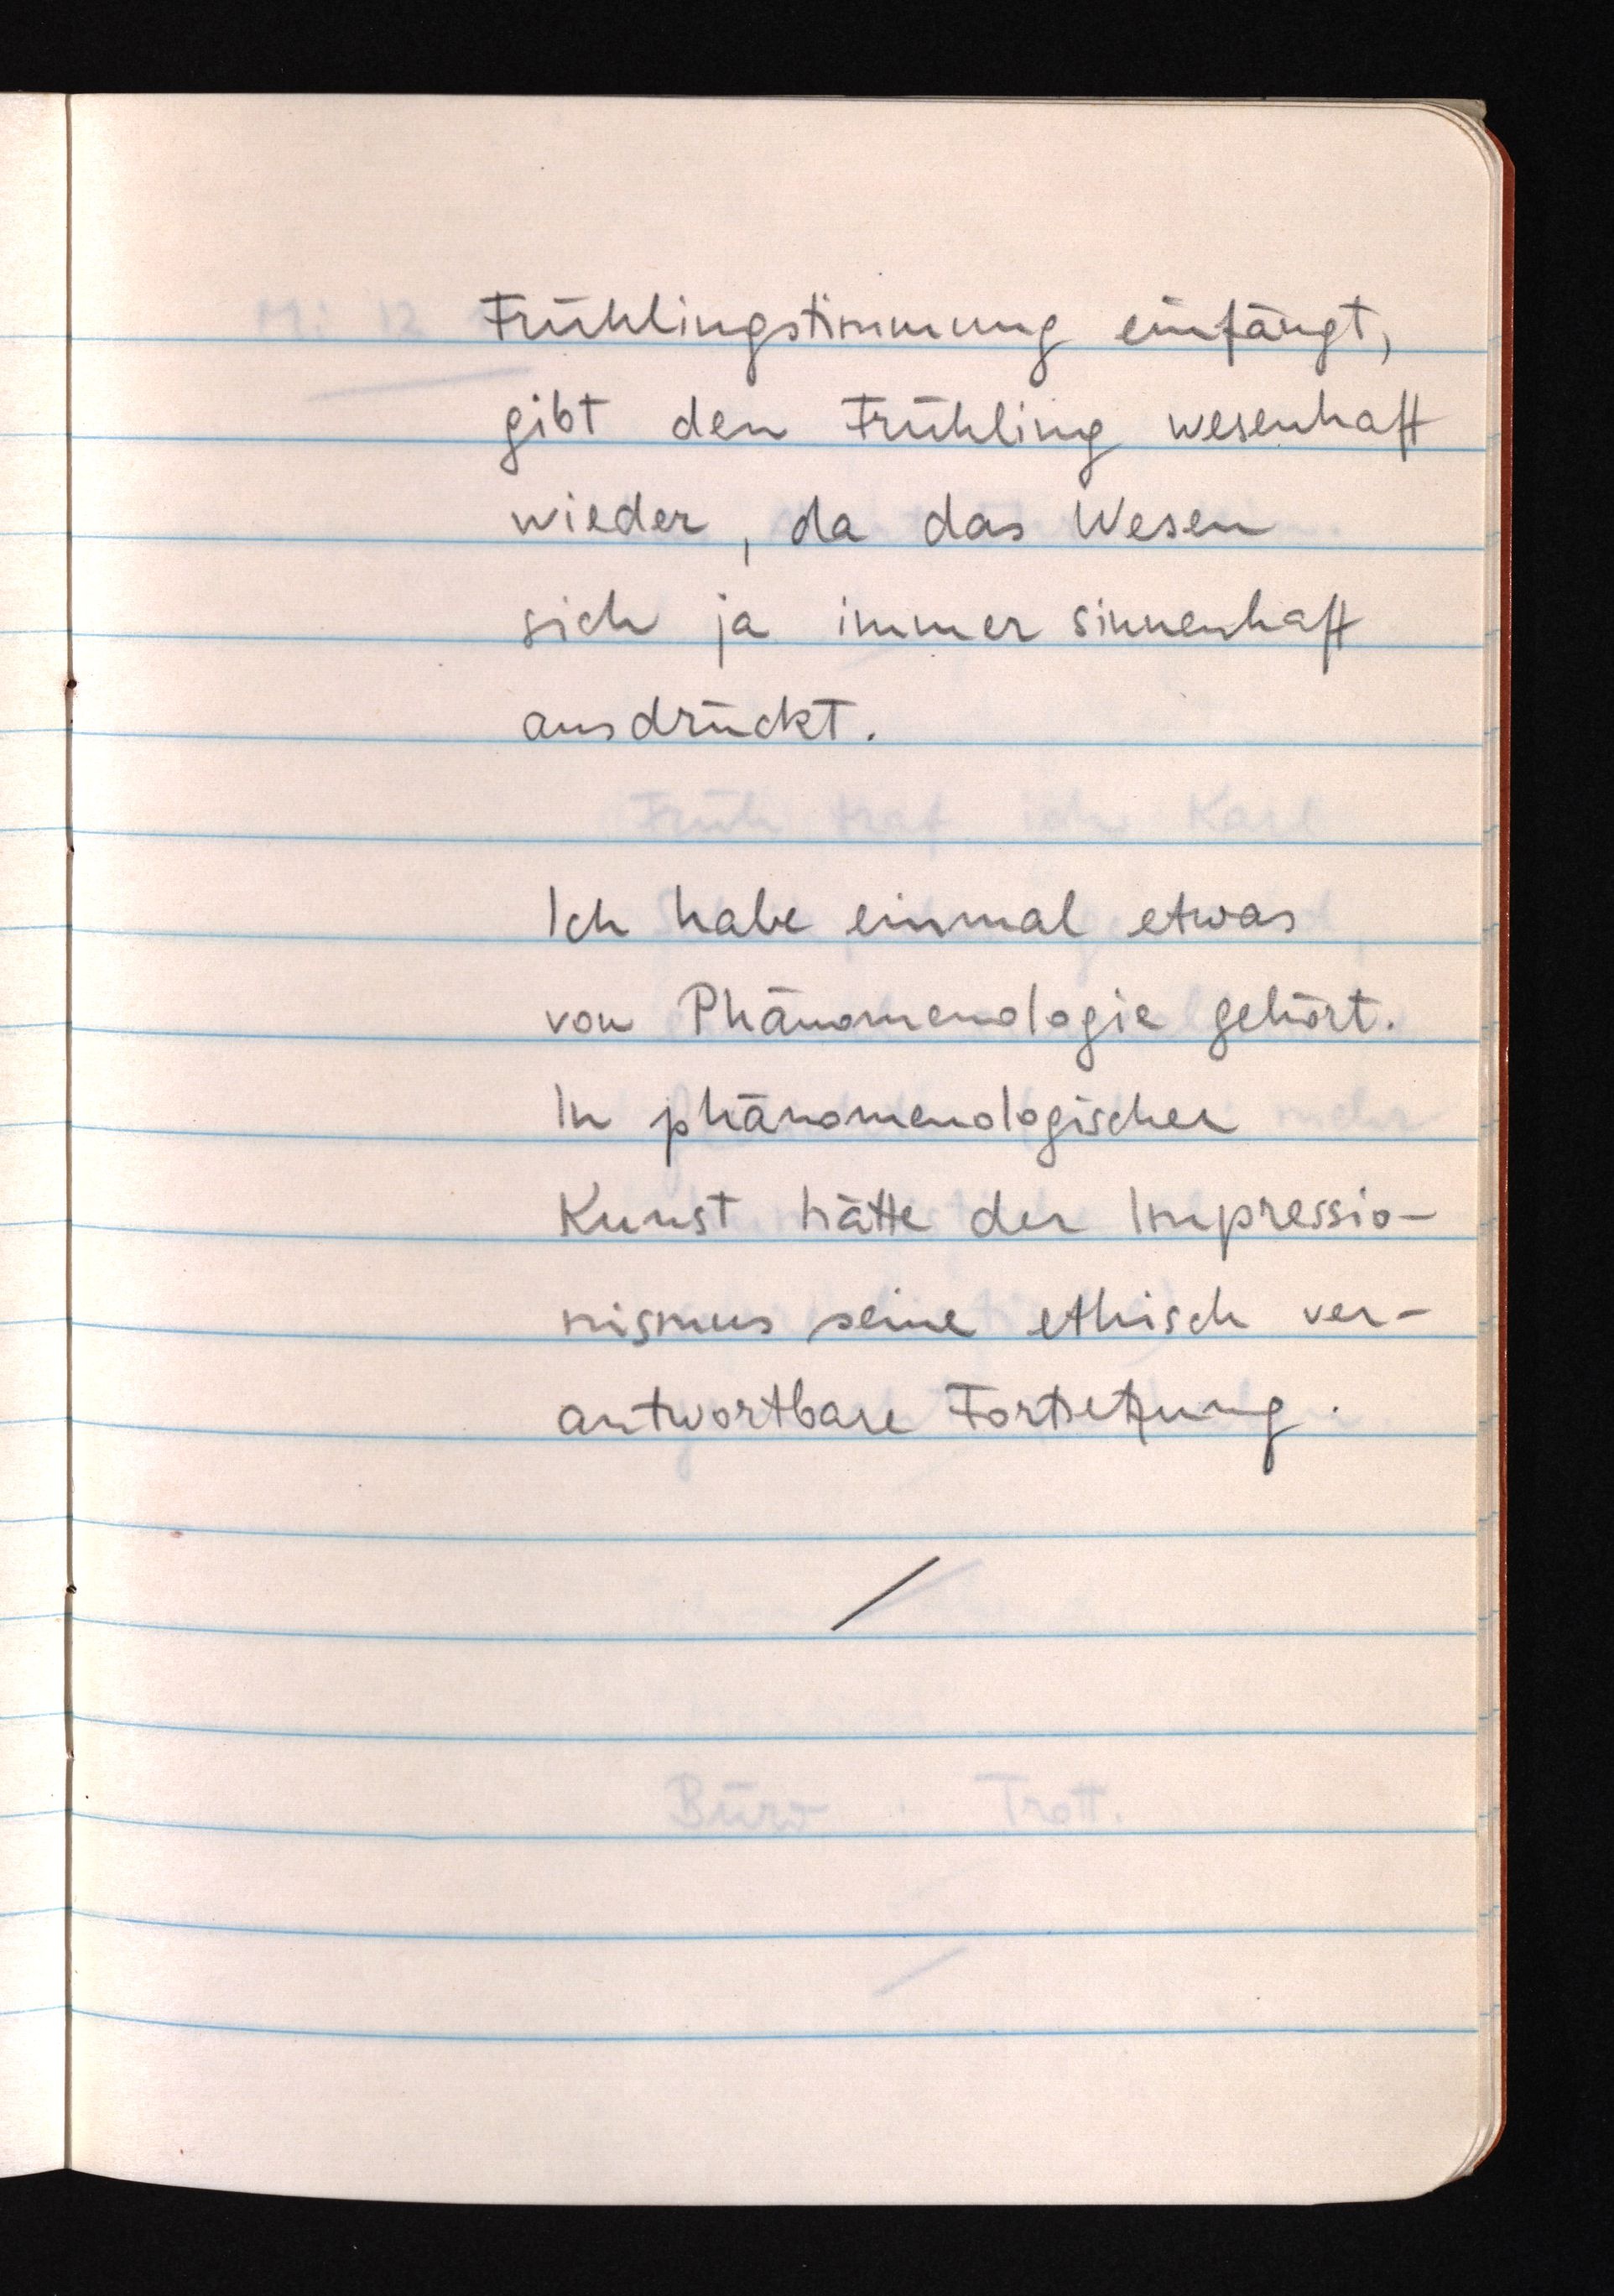
Frühlingstimmung einfängt,
gibt den Frühling wesenhaft
wieder, da das Wesen
sich ja immer sinnenhaft
ausdrückt.
Ich habe einmal etwas
von Phänomenologie gehört.
In phänomenologischer
Kunst hätte der Impressio¬
nismus seine ethisch ver¬
antwortbare Fortsetzung.